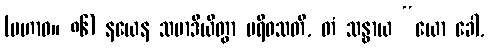
(မဟာဝ။ ၈၆) နယေန သမာဒိယိတွာ ပရိဝသတိ, တံ သန္ဓာယ “ယော ခေါ,